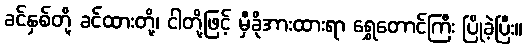
ခင်နှစ်တို့ ခင်ထားတို့၊ ငါတို့ဖြင့် မှီခိုအားထားရာ ရွှေတောင်ကြီး ပြိုခဲ့ပြီး။